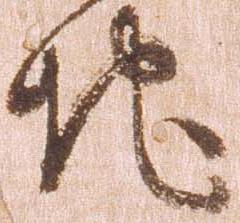
地